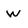
Character: w